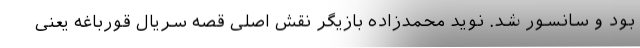
بود و سانسور شد. نوید محمدزاده بازیگر نقش اصلی قصه سریال قورباغه یعنی